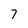
Character: 7